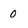
Character: 0